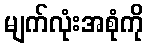
မျက်လုံးအစုံကို